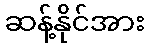
ဆန့်နိုင်အား